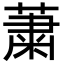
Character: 䔥